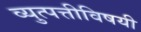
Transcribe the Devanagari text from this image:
व्युत्पत्तीविषयी